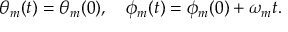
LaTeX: \theta _ { m } ( t ) = \theta _ { m } ( 0 ) , \quad \phi _ { m } ( t ) = \phi _ { m } ( 0 ) + \omega _ { m } t .